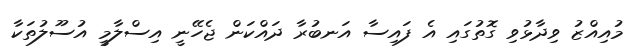
މުއިއްޒު ވިދާޅުވި ގޮތުގައި އެ ފައިސާ އަނބުރާ ދައްކަން ޖެހޭނީ އިސްލާމީ އުސޫލުތަކާ